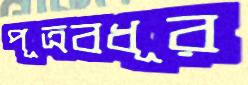
পূত্রবধূর